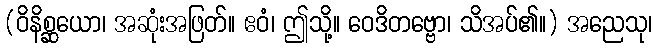
(ဝိနိစ္ဆယော၊ အဆုံးအဖြတ်။ ဧဝံ၊ ဤသို့။ ဝေဒိတဗ္ဗော၊ သိအပ်၏။) အညေသု၊